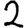
Digit: 2